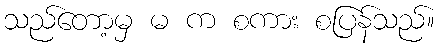
သည်တော့မှ မ က စကား စပြန်သည်။